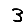
Digit: 3